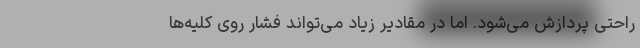
راحتی پردازش می‌شود. اما در مقادیر زیاد می‌تواند فشار روی کلیه‌ها